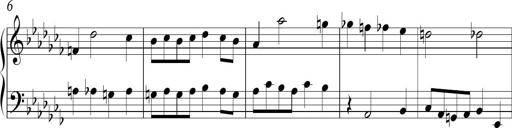
Title: Ten Piano Sonatinas
Composer: Andreas Sain